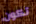
تكون